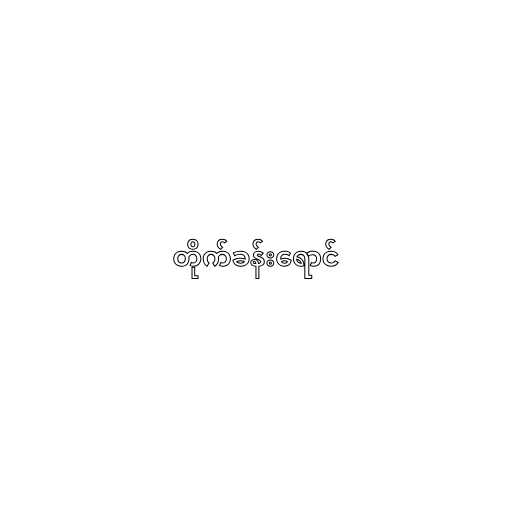
တိုက်ခန်းရောင်